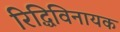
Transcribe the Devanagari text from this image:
रिद्धिविनायक